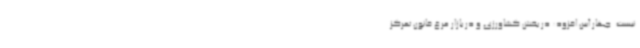
نیست. چهار آیین افزود: در بخش کشاورزی و در بازار مرغ قانون تمرکز